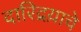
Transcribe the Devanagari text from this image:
दारिद्रय़ाचे